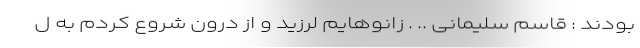
بودند : قاسم سلیمانی .. . زانوهایم لرزید و از درون شروع کردم به ل